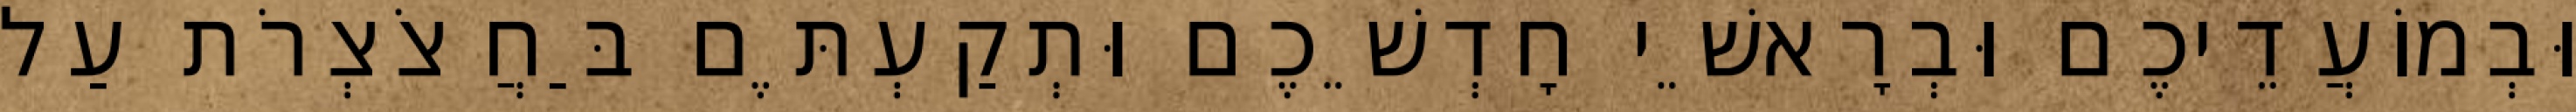
וּבְמוֹעֲדֵיכֶם וּבְרָאשֵׁי חָדְשֵׁכֶם וּתְקַעְתֶּם בַּחֲצֹצְרֹת עַל